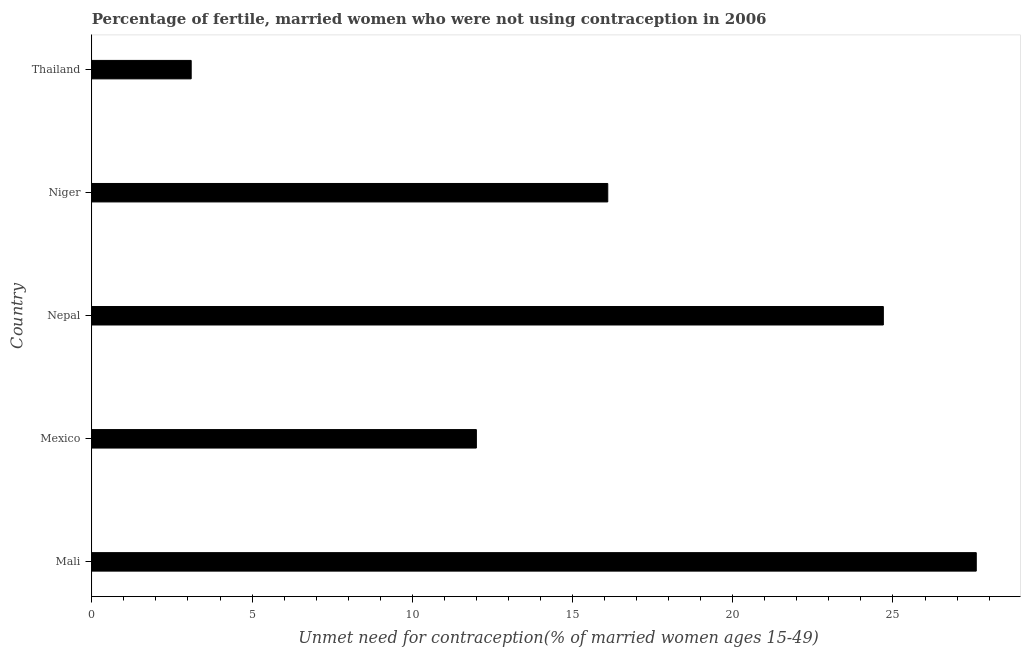
| Country | Unmet need for contraception |
 | --- | --- |
 | Mali | 27.6 |
 | Mexico | 12 |
 | Nepal | 24.7 |
 | Niger | 16.1 |
 | Thailand | 3.1 |